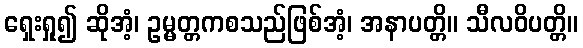
ရှေးရှု၍ ဆိုအံ့၊ ဥမ္မတ္တကစသည်ဖြစ်အံ့၊ အနာပတ္တိ။ သီလဝိပတ္တိ။